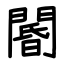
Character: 閽